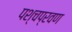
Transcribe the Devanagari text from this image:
पश्चप्रवण